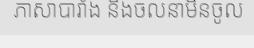
ភាសាបារាំង និងចលនាមិនចូល